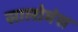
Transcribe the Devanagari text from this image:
सालोमंस